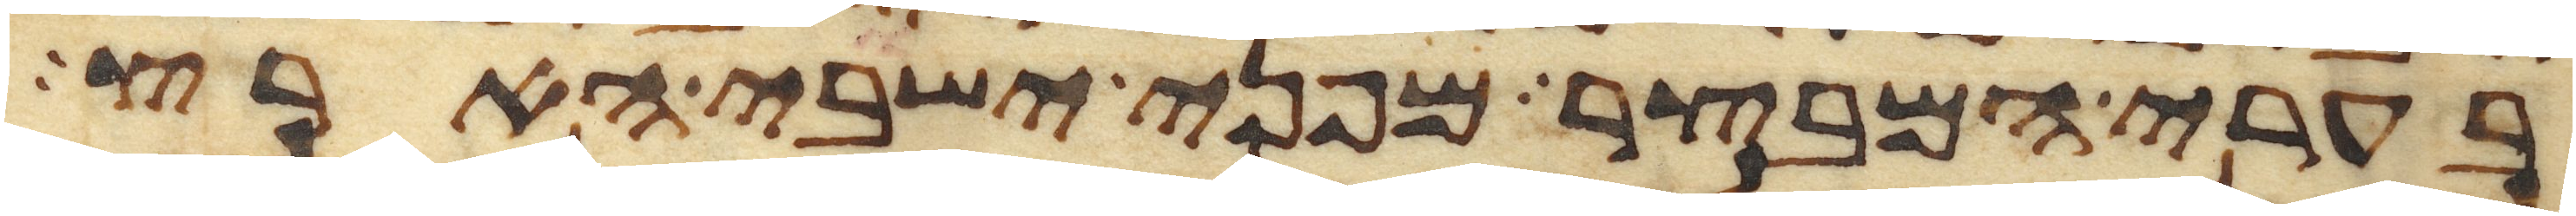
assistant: בערי המבצר מפני ישבי הארץ